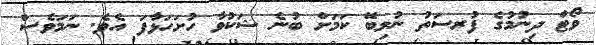
ވޯޓް ދިނުމުގެ ފުރސަތު ނުލިބޭ ކަމަށް ބުނެ ޝަކުވާ ހުށަހަޅާފަ އެވެ. ނަމަވެސް